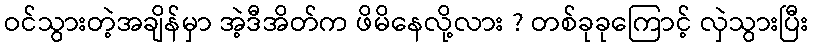
ဝင်သွားတဲ့အချိန်မှာ အဲ့ဒီအိတ်က ဖိမိနေလို့လား ? တစ်ခုခုကြောင့် လှဲသွားပြီး